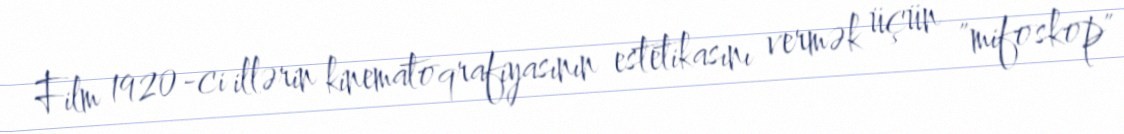
Film 1920-ci illərin kinematoqrafiyasının estetikasını vermək üçün "mifoskop"